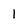
Character: 1